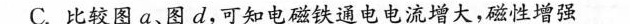
C.比较图a、图d，可知电磁铁通电电流增大，磁性增强